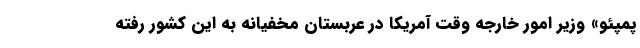
پمپئو» وزیر امور خارجه وقت آمریکا در عربستان مخفیانه به این کشور رفته